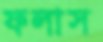
ফলাস